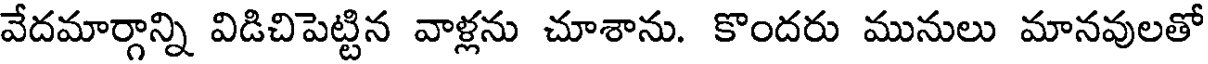
వేదమార్గాన్ని విడిచిపెట్టిన వాళ్లను చూశాను. కొందరు మునులు మానవులతో